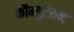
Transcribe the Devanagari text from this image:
कौम्युटेशन